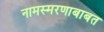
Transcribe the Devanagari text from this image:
नामस्मरणाबाबत